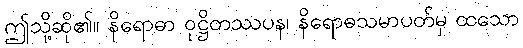
ဤသို့ဆို၏။ နိရောဓာ ဝုဋ္ဌိတဿပန၊ နိရောဓသမာပတ်မှ ထသော